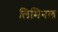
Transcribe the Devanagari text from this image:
लिमिनल